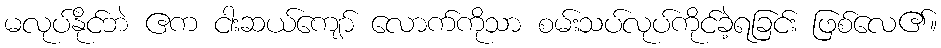
မလုပ်နိုင်ဘဲ ဧက ငါးဆယ်ကျော် လောက်ကိုသာ စမ်းသပ်လုပ်ကိုင်ခဲ့ရခြင်း ဖြစ်လေ၏။